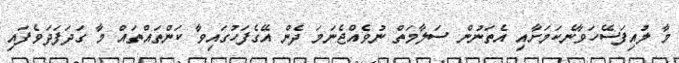
މާ ލުއިފަސޭހަވާނެކަމަށާއި އެތަނުން ސަލާމަތް ނުވެއްޖެނަމަ ދެން އޭގެފަހުގައިވާ ކަންތައްތައް މާ ގަދަފަދަވެފައި